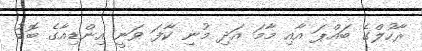
ރާހުލްގެ ބައްޕަ އާއި މާމަ އަދި މުނި ކާފަ ވަނީ އިންޑިއާގެ ބޮޑު